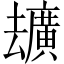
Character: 𪠢